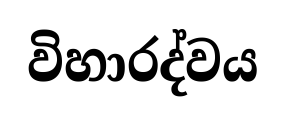
විහාරද්වය